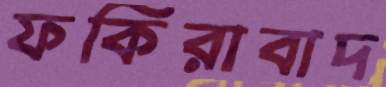
ফকিরাবাদ